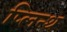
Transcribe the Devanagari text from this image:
प्लिन्थ